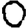
Digit: 0